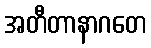
အတီတာနာဂတေ